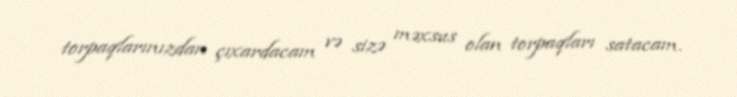
torpaqlarınızdan çıxardacam və sizə məxsus olan torpaqları satacam.